Report of the Indian Hemp Drugs Commission, 1894-1895 - Volume IV
Year: 1894
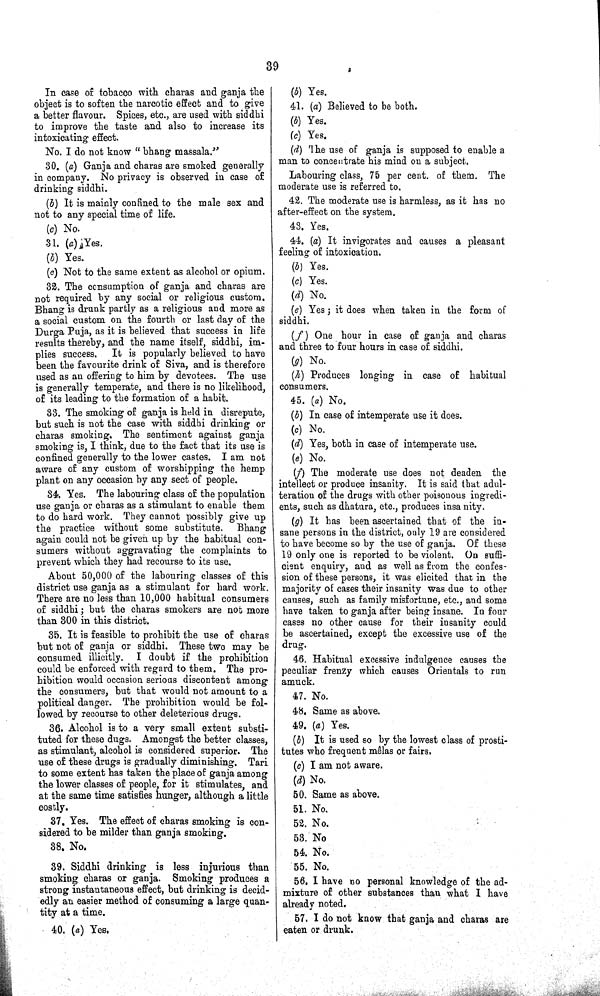
39
In case of tobacco with charas and ganja the
object is to soften the narcotic effect and to give
a better flavour. Spices, etc., are used with siddhi
to improve the taste and also to increase its
intoxicating effect.
No. I do not know "bhang massala."
30. (a) Ganja and charas are smoked generally
in company. No privacy is observed in case of
drinking siddhi.
(b) It is mainly confined to the male sex and
not to any special time of life.
(c) No.
31. (a) Yes.
(b) Yes.
(c) Not to the same extent as alcohol or opium.
32. The consumption of ganja and charas are
not required by any social or religious custom.
Bhang is drunk partly as a religious and more as
a social custom on the fourth or last day of the
Durga Puja, as it is believed that success in life
results thereby, and the name itself, siddhi, im-
plies success. It is popularly believed to have
been the favourite drink of Siva, and is therefore
used as an offering to him by devotees. The use
is generally temperate, and there is no likelihood,
of its leading to the formation of a habit.
33. The smoking of ganja is held in disrepute,
but such is not the case with siddhi drinking or
charas smoking. The sentiment against ganja
smoking is, I think, due to the fact that its use is
confined generally to the lower castes. I am not
aware of any custom of worshipping the hemp
plant on any occasion by any sect of people.
34. Yes. The labouring class of the population
use ganja or charas as a stimulant to enable them
to do hard work. They cannot possibly give up
the practice without some substitute. Bhang
again could not be given up by the habitual con-
sumers without aggravating the complaints to
prevent which they had recourse to its use.
About 50,000 of the labouring classes of this
district use ganja as a stimulant for hard work.
There are no less than 10,000 habitual consumers
of siddhi; but the charas smokers are not more
than 300 in this district.
35. It is feasible to prohibit the use of charas
but not of ganja or siddhi. These two may be
consumed illicitly. I doubt if the prohibition
could be enforced with regard to them. The pro-
hibition would occasion serious discontent among
the consumers, but that would not amount to a
political danger. The prohibition would be fol-
lowed by recourse to other deleterious drugs.
36. Alcohol is to a very small extent substi-
tuted for these dugs. Amongst the better classes,
as stimulant, alcohol is considered superior. The
use of these drugs is gradually diminishing. Tari
to some extent has taken the place of ganja among
the lower classes of people, for it stimulates, and
at the same time satisfies hunger, although a little
costly.
37. Yes. The effect of charas smoking is con-
sidered to be milder than ganja smoking.
38. No.
39. Siddhi drinking is less injurious than
smoking charas or ganja. Smoking produces a
strong instantaneous effect, but drinking is decid-
edly an easier method of consuming a large quan-
tity at a time.
40. (a) Yes.
(b) Yes.
41. (a) Believed to be both.
(b) Yes.
(c) Yes.
(d) The use of ganja is supposed to enable a
man to concentrate his mind on a subject.
Labouring class, 75 per cent. of them. The
moderate use is referred to.
42. The moderate use is harmless, as it has no
after-effect on the system.
43. Yes.
44. (a) It invigorates and causes a pleasant
feeling of intoxication.
(b) Yes.
(c) Yes.
(d) No.
(e) Yes; it does when taken in the form of
siddhi.
(f) One hour in case of ganja and charas
and three to four hours in case of siddhi.
(g) No.
(h) Produces longing in case of habitual
consumers.
45. (a) No.
(b) In case of intemperate use it does.
(c) No.
(d) Yes, both in case of intemperate use.
(e) No.
(f) The moderate use does not deaden the
intellect or produce insanity. It is said that adul-
teration of the drugs with other poisonous ingredi-
ents, such as dhatura, etc., produces insa nity.
(g) It has been ascertained that of the in-
sane persons in the district, only 19 are considered
to have become so by the use of ganja. Of these
19 only one is reported to be violent. On suffi-
cient enquiry, and as well as from the confes-
sion of these persons, it was elicited that in the
majority of cases their insanity was due to other
causes, such as family misfortune, etc., and some
have taken to ganja after being insane. In four
cases no other cause for their insanity could
be ascertained, except the excessive use of the
drug.
46. Habitual excessive indulgence causes the
peculiar frenzy which causes Orientals to run
amuck.
47. No.
48. Same as above.
49. (a) Yes.
(b) It is used so by the lowest class of prosti-
tutes who frequent mêlas or fairs.
(c) I am not aware.
(d) No.
50. Same as above.
51. No.
52. No.
53. No
54. No.
55. No.
56. I have no personal knowledge of the ad-
mixture of other substances than what I have
already noted,
57. I do not know that ganja and charas are
eaten or drunk.